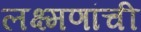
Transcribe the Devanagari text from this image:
लक्ष्मणांची